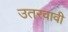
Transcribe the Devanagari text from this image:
उतरवावी